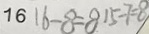
1 6 1 6 - 8 = 8 1 5 - 7 = 8